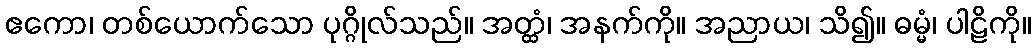
ဧကော၊ တစ်ယောက်သော ပုဂ္ဂိုလ်သည်။ အတ္ထံ၊ အနက်ကို။ အညာယ၊ သိ၍။ ဓမ္မံ၊ ပါဠိကို။